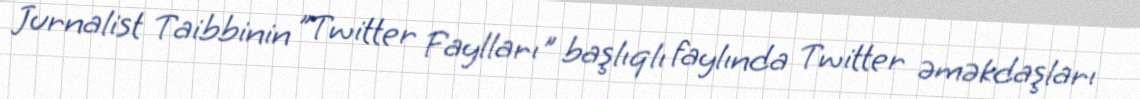
Jurnalist Taibbinin "Twitter Faylları" başlıqlı faylında Twitter əməkdaşları